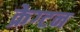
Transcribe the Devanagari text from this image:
क्रेग्टन